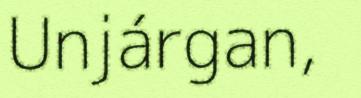
Unjárgan,